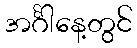
အင်္ဂါနေ့တွင်